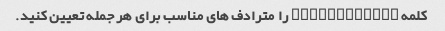
کلمه "Proficient" را مترادف های مناسب برای هر جمله تعیین کنید.